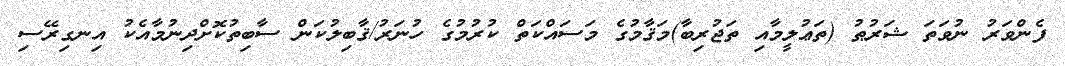
ފެންވަރު ނުވަތަ ޝަރުޠު (ތަޢުލީމާއި ތަޖުރިބާ)މަޤާމުގެ މަސައްކަތް ކުރުމުގެ ހުނަރު/ޤާބިލުކަން ސާބިތުކޮށްދިނުމާއެކު އިނގިރޭސި